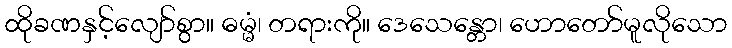
ထိုခဏနှင့်လျော်စွာ။ ဓမ္မံ၊ တရားကို။ ဒေသေန္တော၊ ဟောတော်မူလိုသော